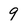
Character: 9